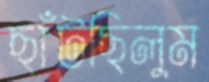
ছাঁটছিলুম